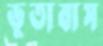
ভূতাবাস